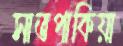
সাতপাকিয়া